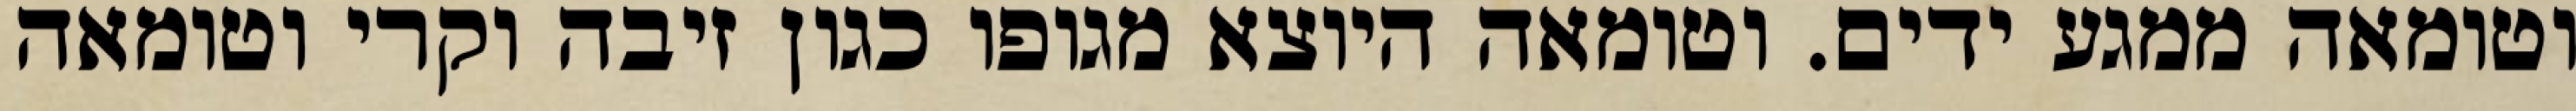
וטומאה ממגע ידים. וטומאה היוצא מגופו כגון זיבה וקרי וטומאה